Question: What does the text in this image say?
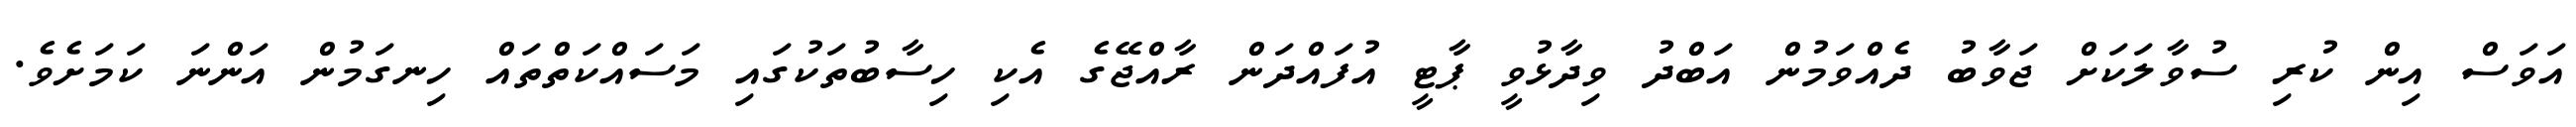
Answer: އަވަސް އިން ކުރި ސުވާލަކަށް ޖަވާބު ދެއްވަމުން އަބްދު ވިދާޅުވީ ޕާޓީ އުފައްދަން ރާއްޖޭގެ އެކި ހިސާބުތަކުގައި މަސައްކަތްތައް ހިނގަމުން އަންނަ ކަމަށެވެ.